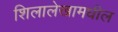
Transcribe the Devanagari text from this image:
शिलालेखामधील